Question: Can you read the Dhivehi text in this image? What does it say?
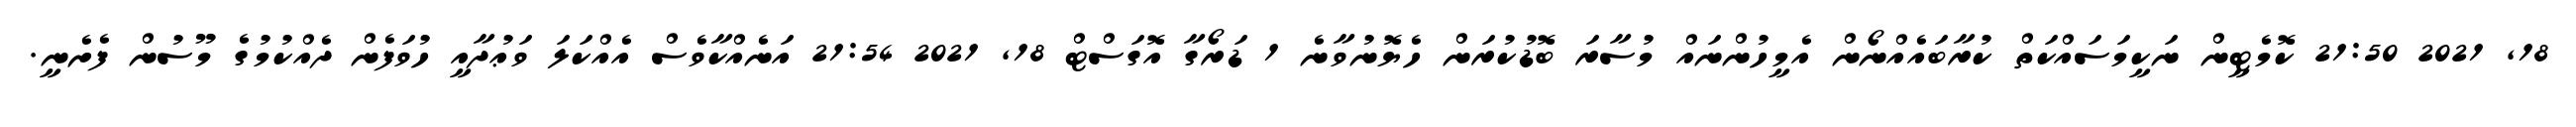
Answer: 18, 2021 21:50 ކޮމެޓީން ނަކީމަސައްކަތް ކުރާބައެއްނޯން އެމީހުންނައް މުސާރަ ބޮޑުކުރަން ހެޔޮނުވާނެ 1 ޑަރޯގާ އޮގަސްޓް 18, 2021 21:54 އަނެއްކާވެސް އެއްކަލަ ވަޢުދާއީ ހުވަފެން ދެއްކުމުގެ މޫސުން ފެށެނީ.